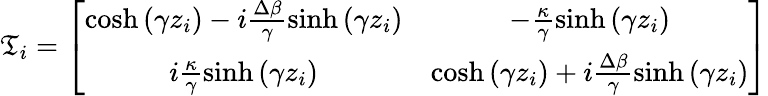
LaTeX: \mathfrak{T}_{i}=\left[\begin{array}{cc}{\cosh\left(\gamma z_{i}\right)-i\frac{\Delta\beta}{\gamma}\sinh\left(\gamma z_{i}\right)}&{-\frac{\kappa}{\gamma}\sinh\left(\gamma z_{i}\right)}\\ {i\frac{\kappa}{\gamma}\sinh\left(\gamma z_{i}\right)}&{\cosh\left(\gamma z_{i}\right)+i\frac{\Delta\beta}{\gamma}\sinh\left(\gamma z_{i}\right)}\end{array}\right]